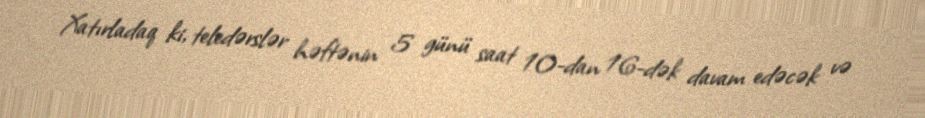
Xatırladaq ki, teledərslər həftənin 5 günü saat 10-dan 16-dək davam edəcək və